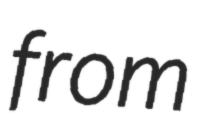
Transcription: from